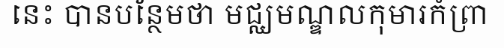
នេះ បានបន្ថែមថា មជ្ឈមណ្ឌលកុមារកំព្រា